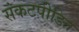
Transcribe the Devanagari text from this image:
संकटपीडित